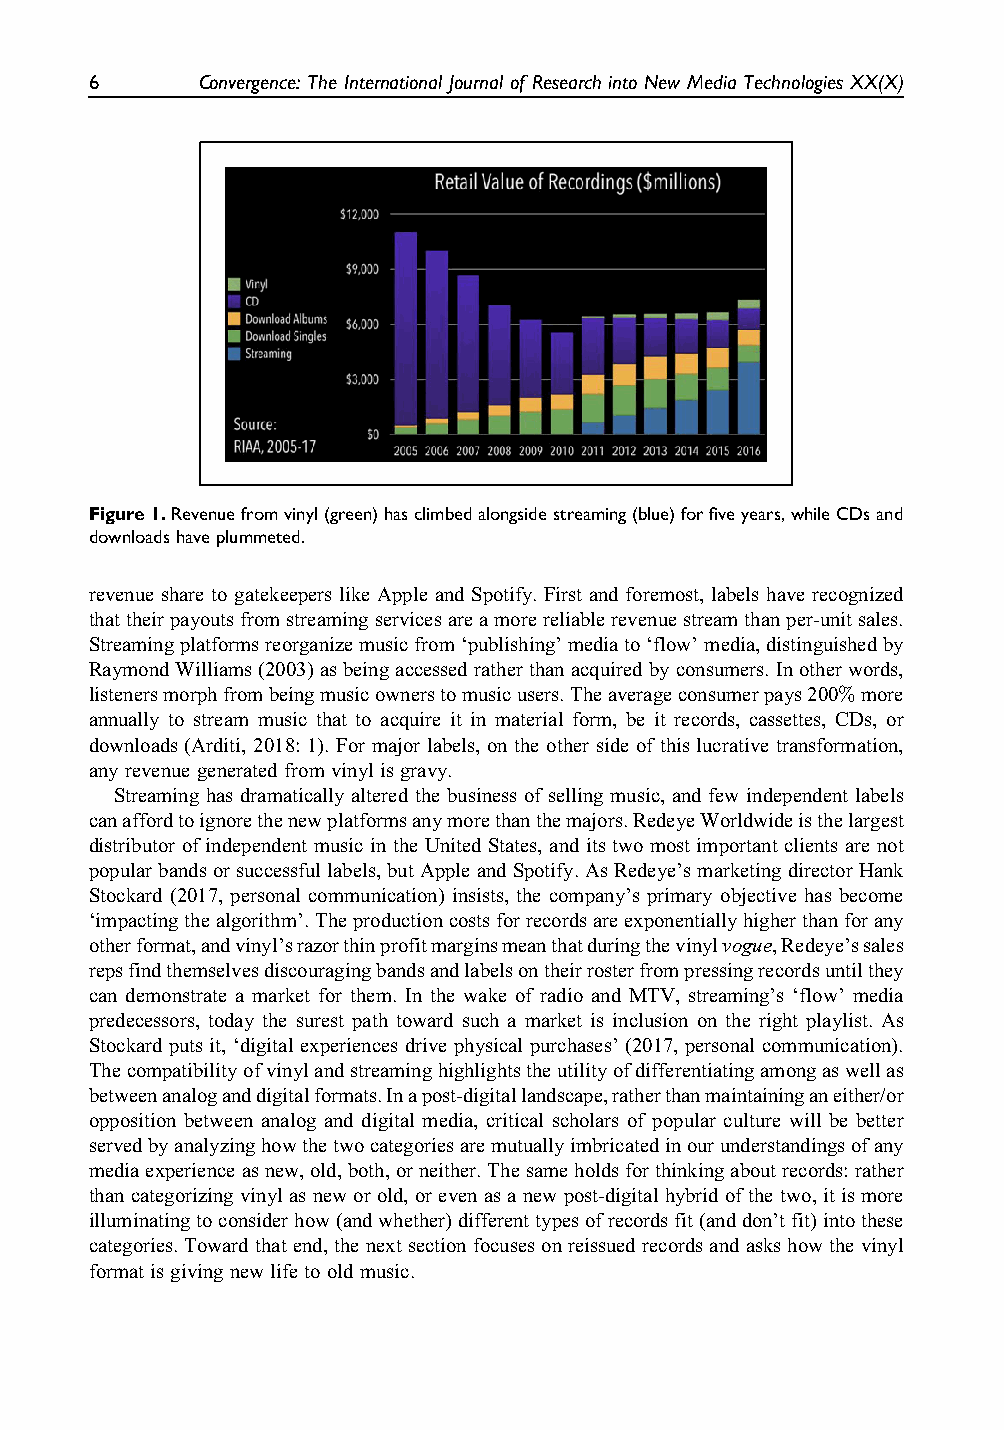
6      Convergence: The International Journal of Research into New Media Technologies XX(X)
 Figure1.Revenuefromvinyl(green)hasclimbedalongsidestreaming(blue)forfiveyears,whileCDsand
 downloadshaveplummeted.
 revenue share to gatekeepers like Apple and Spotify. First and foremost, labels have recognized
 thattheirpayoutsfromstreamingservicesareamorereliablerevenuestreamthanper-unitsales.
 Streamingplatformsreorganizemusicfrom‘publishing’mediato‘flow’media,distinguishedby
 RaymondWilliams(2003)asbeingaccessedratherthanacquiredbyconsumers.Inotherwords,
 listenersmorphfrombeingmusicownerstomusicusers.Theaverageconsumerpays200%more
 annually to stream music that to acquire it in material form, be it records, cassettes, CDs, or
 downloads (Arditi, 2018: 1). For major labels, on the other side of this lucrative transformation,
 anyrevenue generated fromvinyl isgravy.
 Streaming has dramatically altered the business of selling music, and few independent labels
 canaffordtoignorethenewplatformsanymorethanthemajors.RedeyeWorldwideisthelargest
 distributor of independent music in the United States, and its two most important clients are not
 popularbandsorsuccessfullabels,butAppleandSpotify.AsRedeye’smarketingdirectorHank
 Stockard (2017, personal communication) insists, the company’s primary objective has become
 ‘impactingthealgorithm’.Theproductioncostsforrecordsareexponentiallyhigherthanforany
 otherformat,andvinyl’srazorthinprofitmarginsmeanthatduringthevinylvogue,Redeye’ssales
 repsfindthemselvesdiscouragingbandsandlabelsontheirrosterfrompressingrecordsuntilthey
 can demonstrate a market for them. In the wake of radio and MTV, streaming’s ‘flow’ media
 predecessors, today the surest path toward such a market is inclusion on the right playlist. As
 Stockard puts it, ‘digital experiences drive physical purchases’ (2017, personal communication).
 Thecompatibilityofvinylandstreaminghighlightstheutilityofdifferentiatingamongaswellas
 betweenanaloganddigitalformats.Inapost-digitallandscape,ratherthanmaintaininganeither/or
 opposition between analog and digital media, critical scholars of popular culture will be better
 servedbyanalyzinghowthetwocategoriesaremutuallyimbricatedinourunderstandingsofany
 mediaexperienceasnew,old,both,orneither.Thesameholdsforthinkingaboutrecords:rather
 thancategorizing vinylasneworold,oreven asanewpost-digitalhybridofthe two,itis more
 illuminatingtoconsiderhow(andwhether)differenttypesofrecordsfit(anddon’tfit)intothese
 categories.Towardthatend,thenextsectionfocusesonreissuedrecordsandaskshowthevinyl
 formatis givingnew lifeto oldmusic.